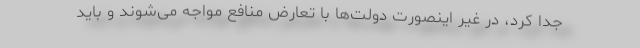
جدا کرد، در غیر اینصورت دولت‌ها با تعارض منافع مواجه می‌شوند و باید